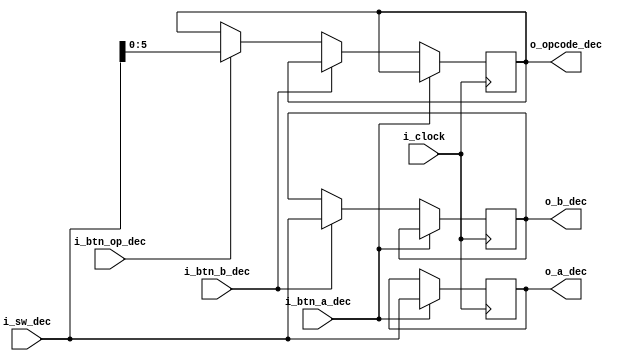
module DEC
#(
    parameter SIZE_OPERANDOS= 9,
    parameter SIZE_SW = 9,
    parameter SIZE_OPERACION = 6

)
(
    input wire i_clock,
    input wire  [(SIZE_SW-1):0] i_sw_dec, //switches 
    input wire i_btn_a_dec,
    input wire i_btn_b_dec,
    input wire i_btn_op_dec,
    output wire  [(SIZE_OPERANDOS-1):0] o_a_dec,
    output wire [(SIZE_OPERANDOS-1):0] o_b_dec,
    output wire [(SIZE_OPERACION-1):0] o_opcode_dec
    );


/*

 A wire solo se puede asignar con una asignaci?n de bloqueo continuo. Las asignaciones no bloqueantes ( <= ) solo se pueden hacer a reg . Si las asignaciones de reg s que la unidad done cambian de bloqueo ( = ) a no bloqueo ( <= ), deber?a ser el resultado deseado.

Una asignaci?n sin bloqueo hace una evaluaci?n inmediata con una actualizaci?n retrasada. Esto permite evaluar los valores correctos sin afectar la evaluaci?n de una expresi?n dependiente. Nota: la actualizaci?n retrasada est? en el programador de pasos de tiempo verilog; no tendr? un retraso visible en la forma de onda.

Use las asignaciones no bloqueantes en reg que desea tratar como un flop. Cualquier reg usado para la l?gica combinacional o la generaci?n de reloj debe usar el bloqueo. Habr? condiciones de carrera si el bloqueo no se utiliza para la l?gica combinacional o el reloj. 
*/


reg [(SIZE_OPERANDOS-1):0] a_dec;
reg [(SIZE_OPERANDOS-1):0] b_dec;
reg [(SIZE_OPERACION-1):0] opcode_dec;

assign o_a_dec = a_dec;
assign o_b_dec = b_dec;
assign o_opcode_dec = opcode_dec;



always @(posedge i_clock)
    begin
        if(i_btn_a_dec == 1'b1 )         a_dec <= i_sw_dec [(SIZE_OPERANDOS-1):0] ;
        else if (i_btn_b_dec == 1'b1)   b_dec <= i_sw_dec[(SIZE_OPERANDOS-1):0] ;
        else if (i_btn_op_dec == 1'b1)  opcode_dec <=i_sw_dec [(SIZE_OPERACION-1):0] ;
    end

endmodule